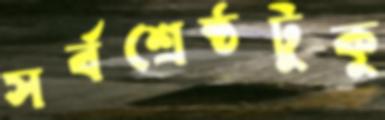
সর্বশ্রেষ্ঠটুকু